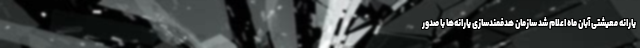
یارانه معیشتی آبان ماه اعلام شد سازمان هدفمندسازی یارانه‌ها با صدور